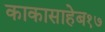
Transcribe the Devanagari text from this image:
काकासाहेब१७